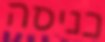
כניסה